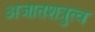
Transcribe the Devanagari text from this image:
अजातशत्रुत्व